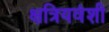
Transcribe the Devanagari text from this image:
क्षत्रियवंशी